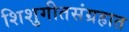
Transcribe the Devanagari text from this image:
शिशुगीतसंग्रहात